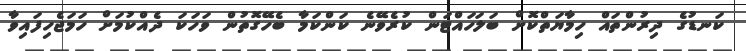
ކަނޑުގެ ދިރުންތައް ހިމާޔަތްކޮށް ބަލަހައްޓަން ކުރެވޭނެ ކަންކަމާ ބެހޭގޮތުން ވަހަކަ ދެއްކުމަށް ހަމަޖެހިފައިވާ